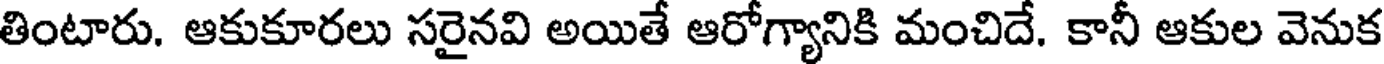
తింటారు. ఆకుకూరలు సరైనవి అయితే ఆరోగ్యానికి మంచిదే. కానీ ఆకుల వెనుక